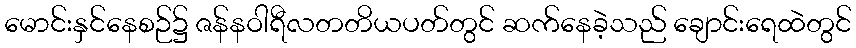
မောင်းနှင်နေစဉ်၌ ဇန်နဝါရီလတတိယပတ်တွင် ဆက်နေခဲ့သည် ချောင်းရေထဲတွင်